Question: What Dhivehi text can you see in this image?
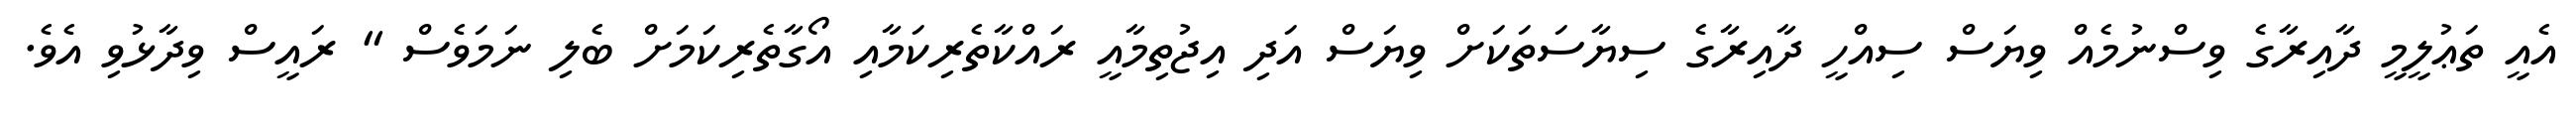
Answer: އެއީ ތަޢުލީމީ ދާއިރާގެ ވިސްނުމެއް ވިޔަސް ސިއްހީ ދާއިރާގެ ސިޔާސަތަކަށް ވިޔަސް އަދި އިޖުތިމާއީ ރައްކާތެރިކަމާއި އޯގާތެރިކަމަށް ބެލި ނަމަވެސް " ރައީސް ވިދާޅުވި އެވެ.